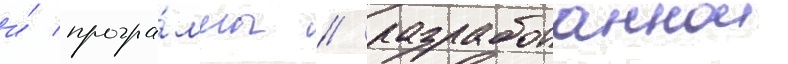
и́ програ́ммы / разработаннои